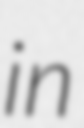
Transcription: in